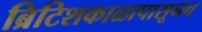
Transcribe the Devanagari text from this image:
ब्रिटिशकाळापासूनच